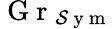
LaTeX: \mathrm{~G~r~}_{\mathcal{S}\mathrm{~y~m~}}